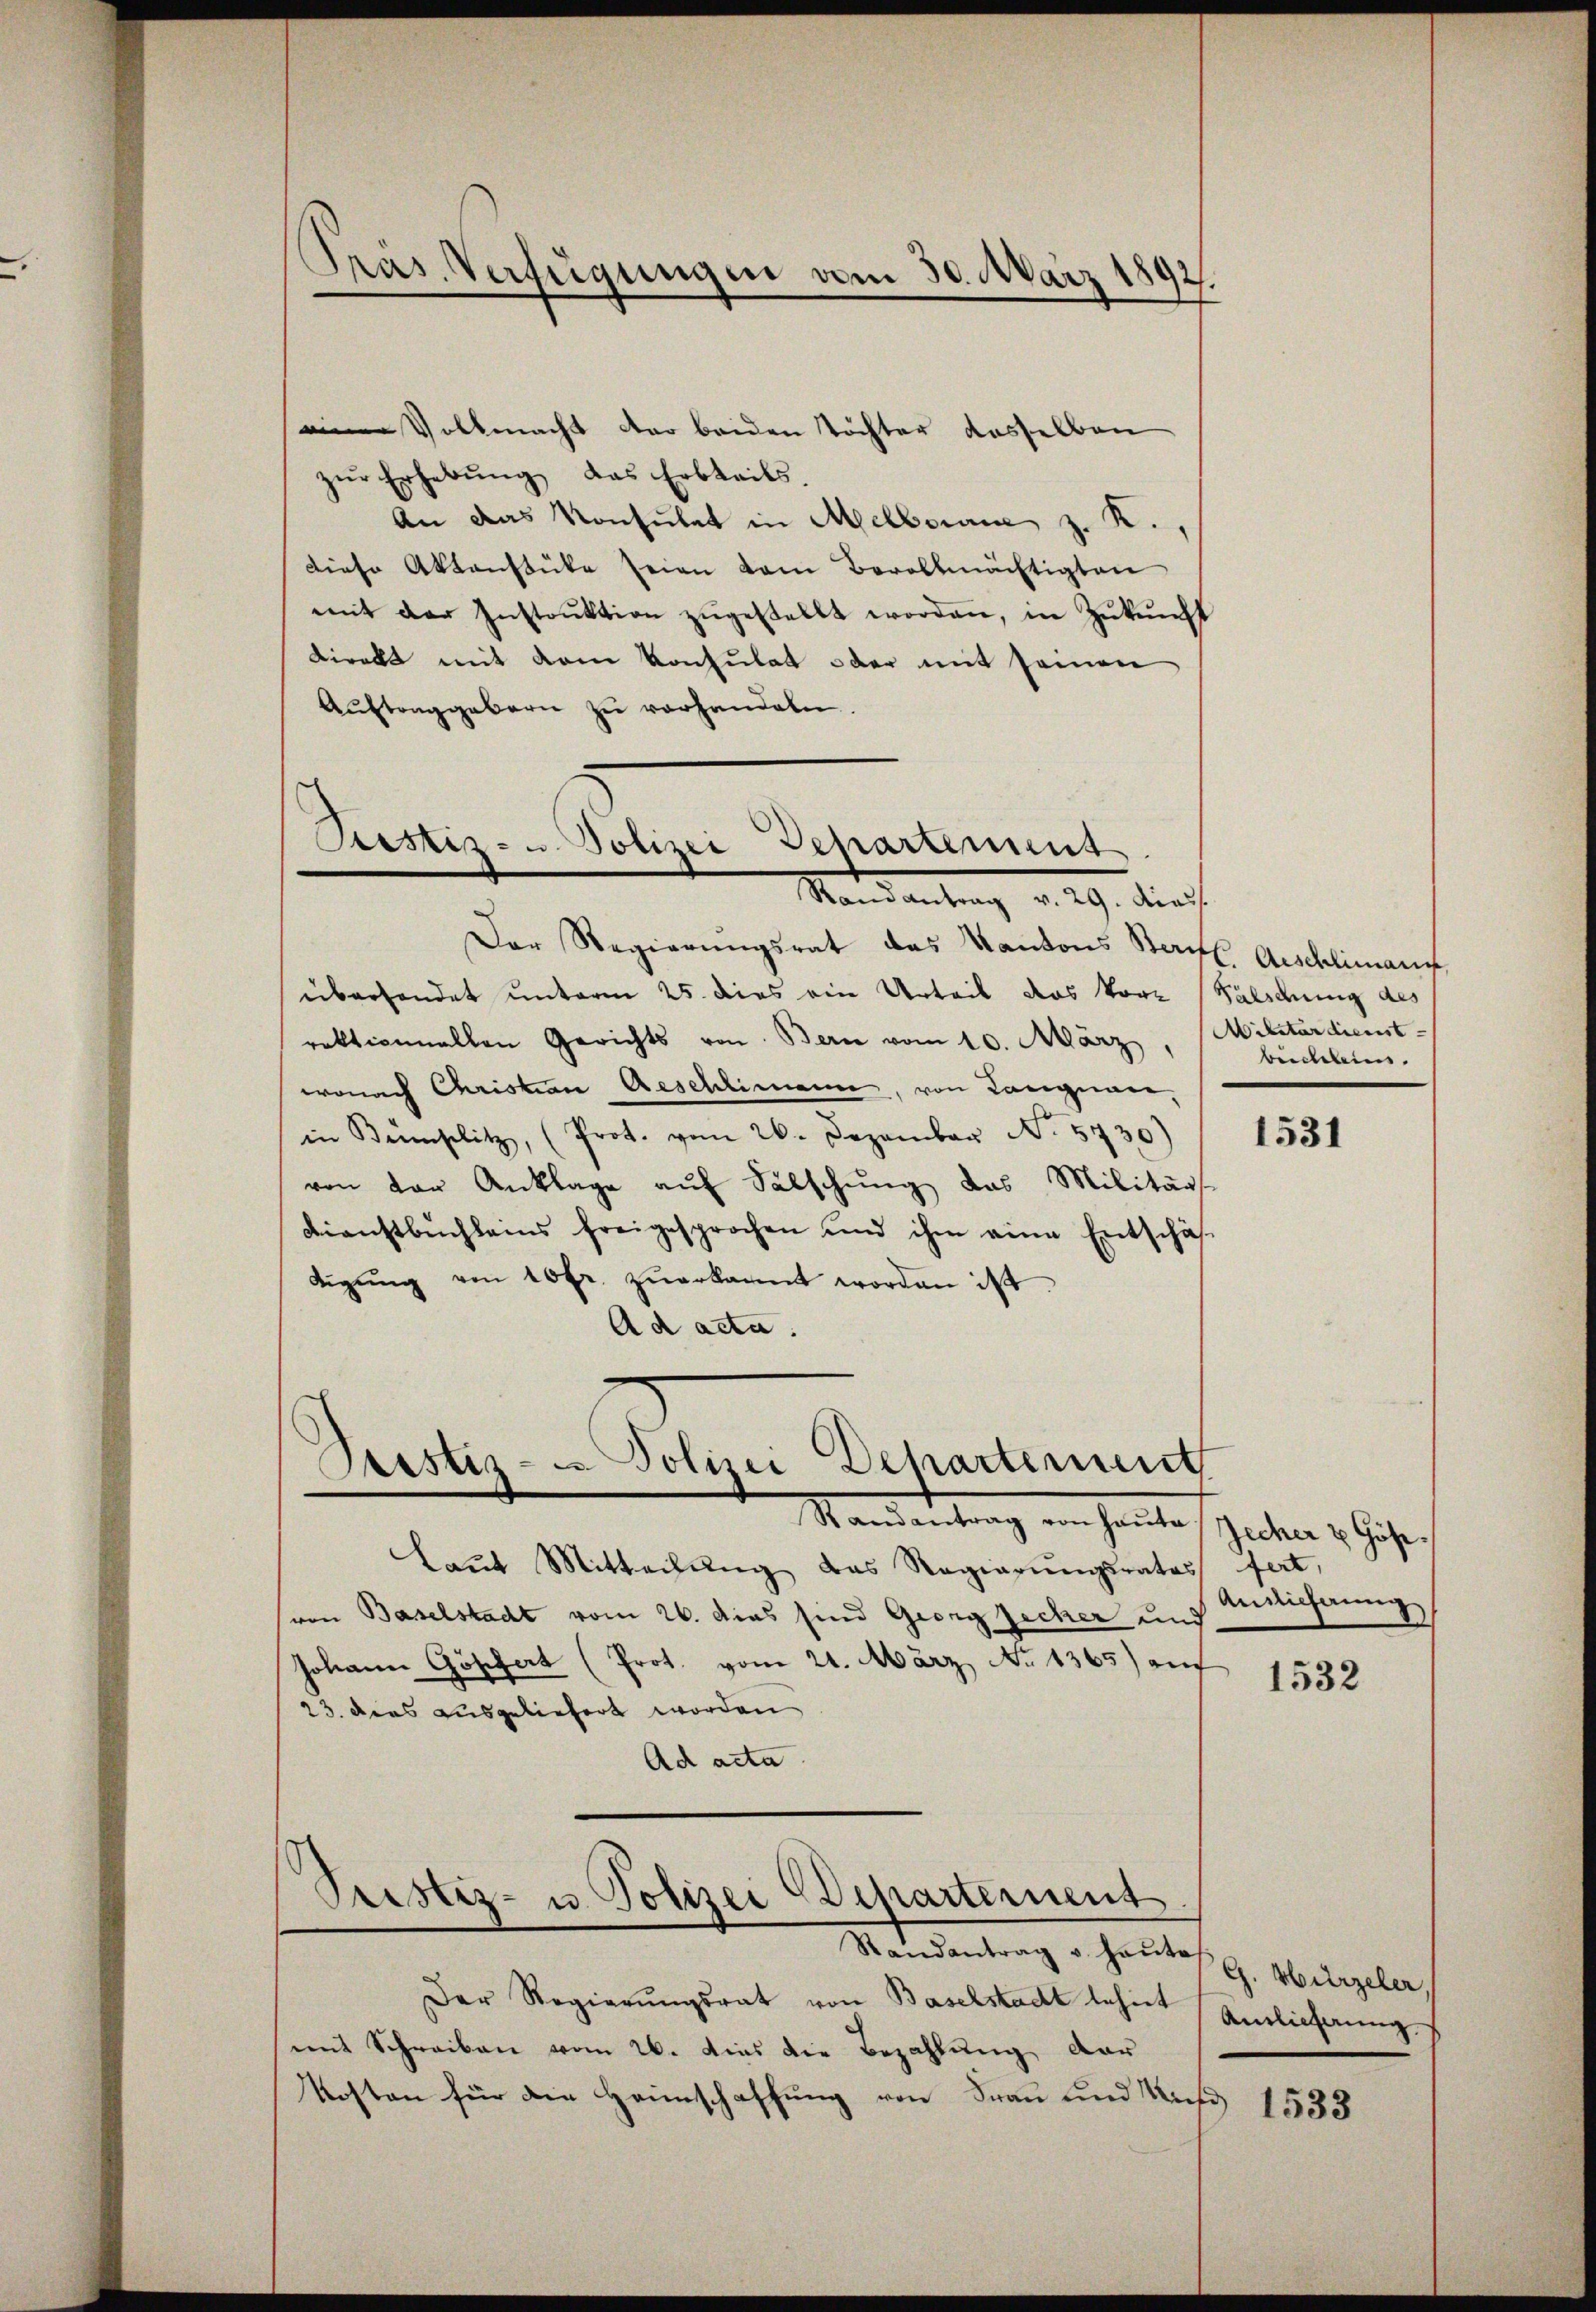
einer Vollmacht der beiden Töchter dasselben
zŭr Erhebŭng das Erbteils.
An das Konsulat in Melborne z. K.
Diese Aktenstücke seien vom Berollmächtigten
mit der Instrŭktion zŭgestellt worden, in Zŭkŭnft
direkt mit dem Konsulat oder mit seinen
Auftraggebern zu vorhandeln.

Pras. Verfügungen vom 30. März 1892.

Justiz- u. Polizei Departement
Mandantung v. 9. dief

Der Regierŭngsrat das Kantons Stadts. Aeschlimanch
überhandet unterm 25. dies ein Urteil das Vor= (Falschung des
rektionallen Gerichts von Bern vom 10. März, Militärdienst-
wonach Christian Aeschlimann, von Langnau,
in Kemplitz, (Prot. vom 26. Dezember No. 5730)
von der Anklage auf Falschung das Militärs
Dienstbuchleins freigesprochen und ihm eine Entschäf-
tigŭng von 10 fr. zŭerkannt worden ist.
Ad acta.

Prestiz- Polizei Departement
Randantrag von Haŭte Zecher & Höhe

Prestiz- u. Polizei Departerneut
Materientrag u. heute

Der Regierungsrat von Baselstadt lehnet
mit Schreiben vom 26. dies die Bezahlung dar
Kosten für die Heimschaffung von Frau und Kund 1533

beicheleins.

kaut Mitteilung das Regierungsrates fert,
von Baselstadt vom 26. dies sind Georg Zecher und
Johann Göschert (Prot. vom 21. März No 1365) auf
23. dies ausgeliefert worden
Ad acta.

1531

Ansicherung

1532

G. Wurzeler,
Ainlicherung